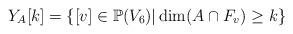
LaTeX: \begin{align*} Y_A[k] &= \{ [v]\in \mathbb{P}(V_6)|\dim(A\cap F_v)\geq k\}\end{align*}